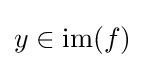
y\in {\text{im}}(f)